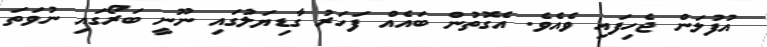
އުފުލަން ޖެހިފައި ވެއެވެ. އެގޮތުން ބައެއް ފަހަރު ގާޑިޔަލުގައި ނޫނީ ބަރޯގައި ނުވަތަ